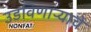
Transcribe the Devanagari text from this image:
उडविणाऱ्याचे